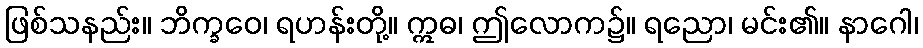
ဖြစ်သနည်း။ ဘိက္ခဝေ၊ ရဟန်းတို့။ ဣဓ၊ ဤလောက၌။ ရညော၊ မင်း၏။ နာဂေါ၊